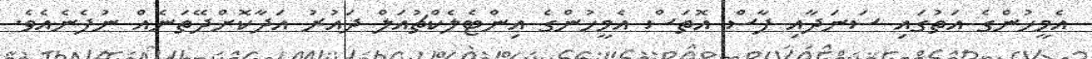
އެމީހުންގެ އަތުގައި ސަނަދާއި ފާސް އޮތަސް އެމީހުންގެ އިންޓެލެކްޗުއަލް ދައުރު އަދާކޮށްދޭތަނެއް ނުފެނެއެވެ.